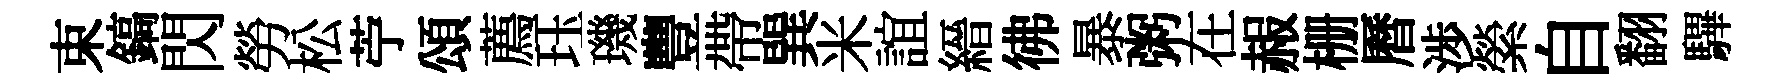
束鎬閃勞松苧頌薦珏璣豐帶巽米誼縉彿暴粥在赧栅曆渉縈自翻驆